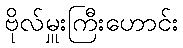
ဗိုလ်မှူးကြီးဟောင်း